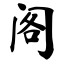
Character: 阁